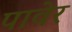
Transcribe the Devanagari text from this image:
पावेर